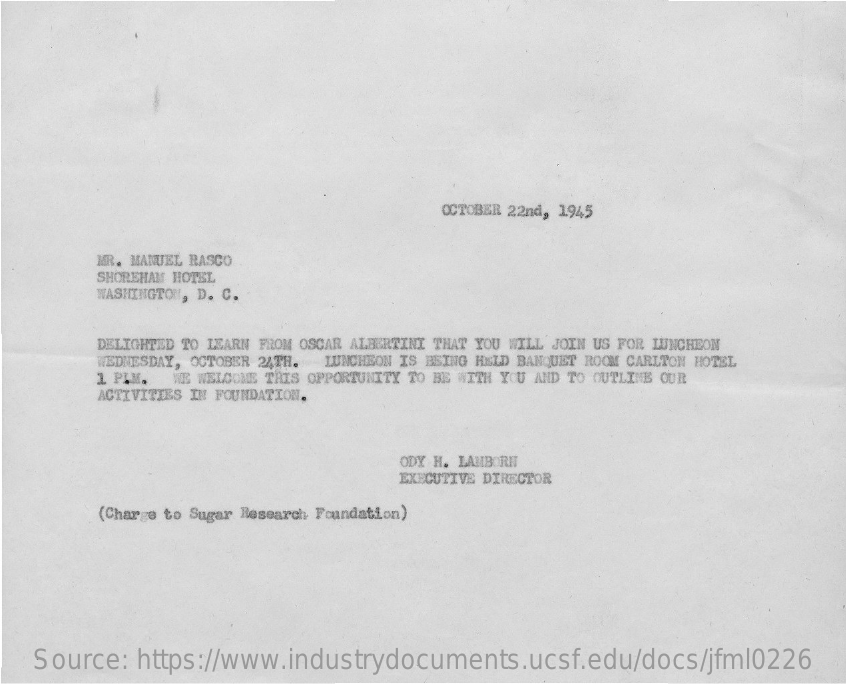
OCTOBER 22nd, 1945
     MR. MANUEL RASCO
     SHOREHAM HOTEL
     WASHINGTON, D. C.
     DELIGHTED TO LEARN FROM OSCAR ALBERTINI THAT YOU WILL JOIN US FOR LUNCHEON
     WEDNESDAY, OCTOBER 24TH. LUNCHEON IS BEING HELD BANQUET ROOM CARLTON HOTEL
     1 PLM. WE WELCOME THIS OPPORTUNITY TO BE WITH YOU AND TO OUTLINE OUR
     ACTIVITIES IN FOUNDATION.
     ODY H. LAMBORN
     EXECUTIVE DIRECTOR
     (Charge to Sugar Research Foundation)
    Source:   https://www.industrydocuments.ucsf.edu/docs/jfml0226